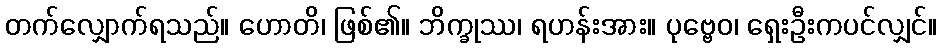
တက်လျှောက်ရသည်။ ဟောတိ၊ ဖြစ်၏။ ဘိက္ခုဿ၊ ရဟန်းအား။ ပုဗ္ဗေဝ၊ ရှေးဦးကပင်လျှင်။